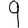
Digit: 9